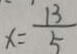
x = \frac { 1 3 } { 5 }